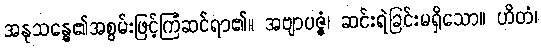
အနုသန္ဓေ၏အစွမ်းဖြင့်ကြံဆင်ရာ၏။ အဗျာပဇ္ဇံ၊ ဆင်းရဲခြင်းမရှိသော။ ဟိတံ၊